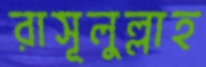
রাসূলুল্লাহ